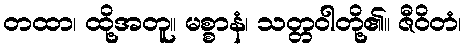
တထာ၊ ထို့အတူ။ မစ္စာနံ၊ သတ္တဝါတို့၏။ ဇီဝိတံ၊